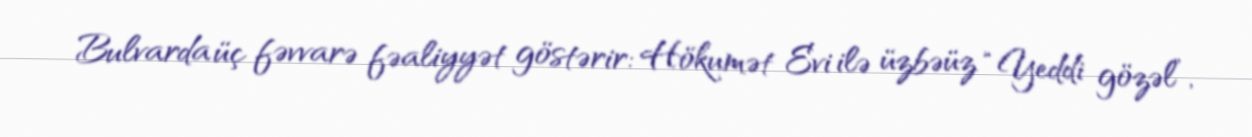
Bulvarda üç fəvvarə fəaliyyət göstərir: Hökumət Evi ilə üzbəüz “Yeddi gözəl”,